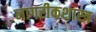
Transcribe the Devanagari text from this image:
नागरीकशास्त्र